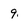
Character: 9